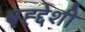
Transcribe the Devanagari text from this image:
बृह्द्देशी